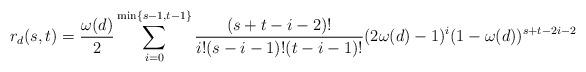
LaTeX: \begin{align*}r_d(s,t)=\frac{\omega(d)}{2} \sum_{i=0}^{\min \{s-1,t-1\}} \frac{(s+t-i-2)!}{i! (s-i-1)! (t-i-1)!} (2\omega(d)-1)^i(1-\omega(d))^{s+t-2i-2}\end{align*}